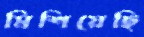
মিশিয়েছি